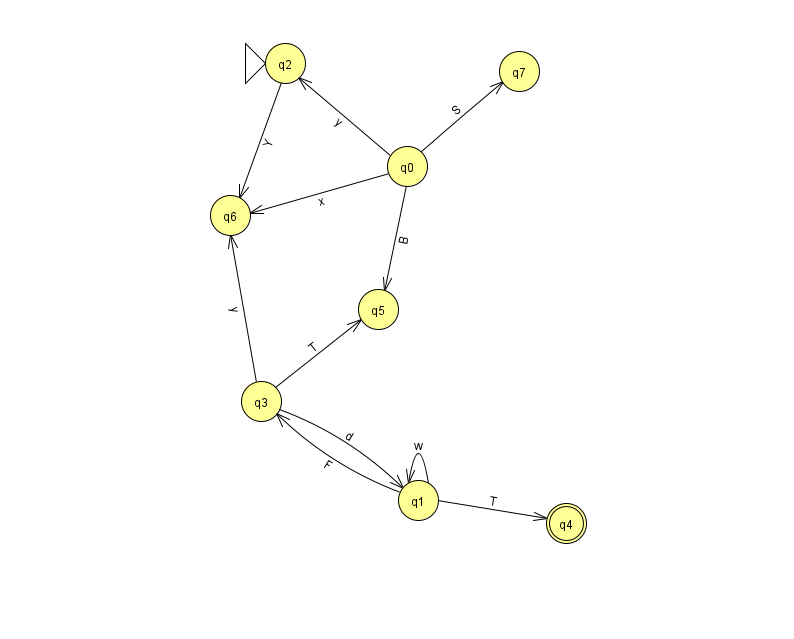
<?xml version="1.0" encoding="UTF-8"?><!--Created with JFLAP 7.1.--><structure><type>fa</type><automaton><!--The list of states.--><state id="0" name="q0"><x>407.0</x><y>153.0</y></state><state id="1" name="q1"><x>418.0</x><y>487.0</y></state><state id="2" name="q2"><x>285.0</x><y>50.0</y><initial/></state><state id="3" name="q3"><x>261.0</x><y>388.0</y></state><state id="4" name="q4"><x>566.0</x><y>510.0</y><final/></state><state id="5" name="q5"><x>378.0</x><y>296.0</y></state><state id="6" name="q6"><x>230.0</x><y>202.0</y></state><state id="7" name="q7"><x>519.0</x><y>58.0</y></state><!--The list of transitions.--><transition><from>0</from><to>2</to><read>y</read></transition><transition><from>2</from><to>6</to><read>Y</read></transition><transition><from>0</from><to>7</to><read>S</read></transition><transition><from>1</from><to>4</to><read>T</read></transition><transition><from>1</from><to>1</to><read>w</read></transition><transition><from>0</from><to>6</to><read>x</read></transition><transition><from>1</from><to>3</to><read>F</read></transition><transition><from>3</from><to>1</to><read>d</read></transition><transition><from>3</from><to>5</to><read>T</read></transition><transition><from>3</from><to>6</to><read>y</read></transition><transition><from>0</from><to>5</to><read>B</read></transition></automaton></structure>